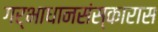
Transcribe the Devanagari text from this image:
गर्भाधानसंस्कारास